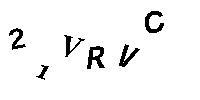
21VRVC